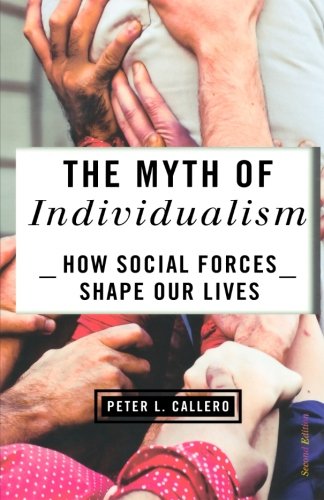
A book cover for The Myth of Individualism: How Social Forces Shape Our Lives; Peter Callero; Politics & Social Sciences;